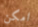
امكن